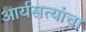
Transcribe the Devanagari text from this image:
आर्यसत्यांचा